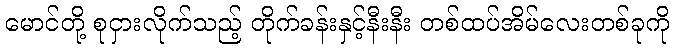
မောင်တို့ စုငှားလိုက်သည့် တိုက်ခန်းနှင့်နီးနီး တစ်ထပ်အိမ်လေးတစ်ခုကို